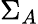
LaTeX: \Sigma_{A}